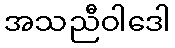
အသညီဝါဒေါ